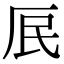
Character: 𭆃